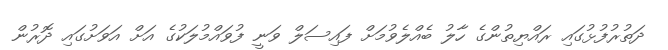
ދަތުރުފުޅުގައި ރައްޔިތުންގެ ހާލު ބެއްލެވުމަށް ފައިސަލް ވަނީ ފުވައްމުލަކުގެ އަށް އަވަށުގައި ދޮރުން